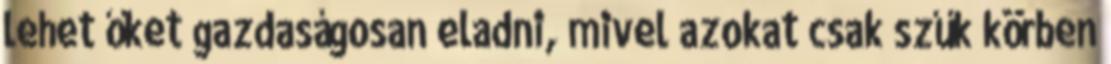
lehet őket gazdaságosan eladni, mivel azokat csak szűk körben